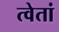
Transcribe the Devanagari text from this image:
त्वेतां